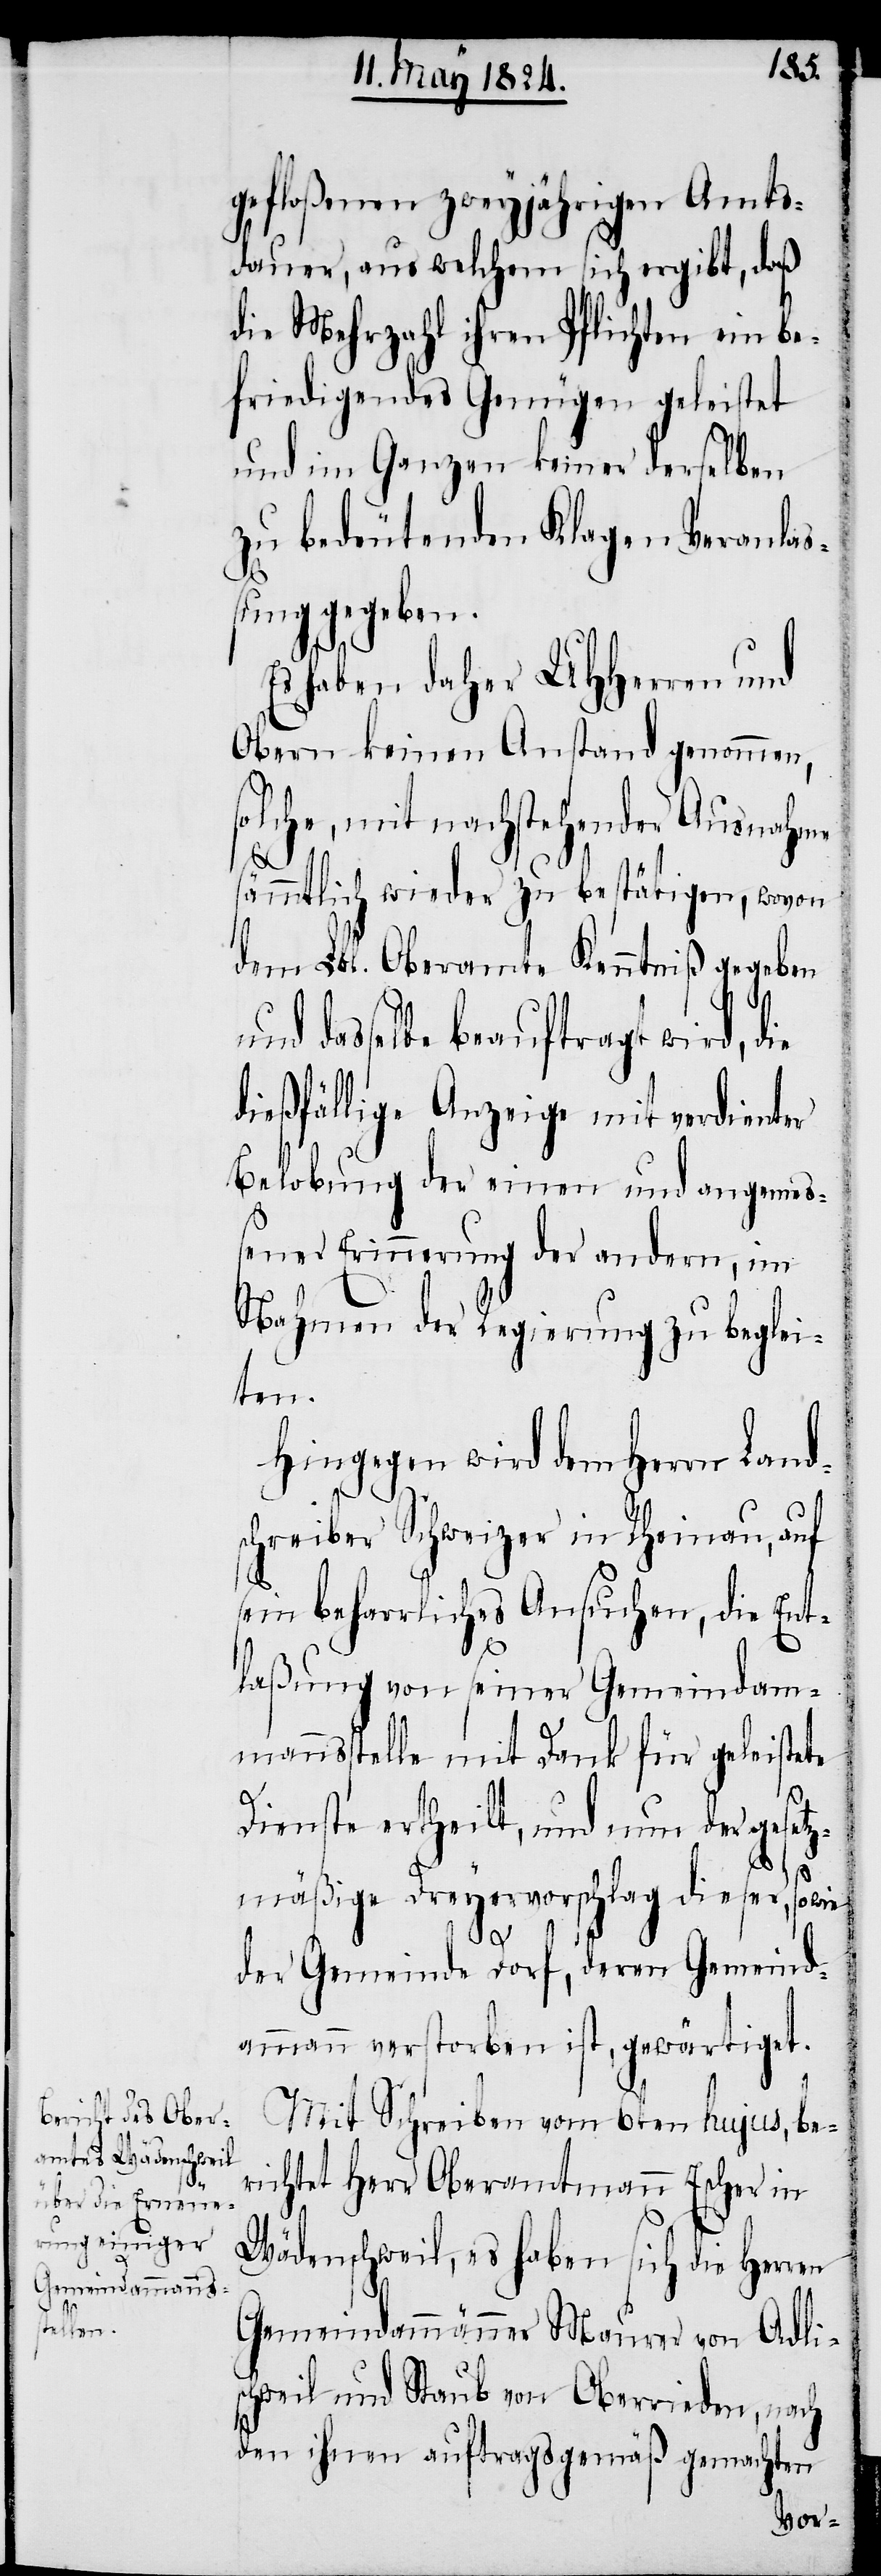
gefloßenen zweyjährigen Amts¬
dauer, aus welchem sich ergibt, daß
die Mehrzahl ihren Pflichten ein be¬
friedigendes Genügen geleistet
und im Ganzen keiner derselben
zu bedeutenden Klagen Veranla¬
ßung gegeben.
Es haben daher UHHerren und
Obern keinen Anstand genommen,
solche, mit nachstehender Ausnahme
sämmtlich wieder zu bestätigen, wovon
dem Lbl. Oberamte Kenntniß gegeben
dasselbe beauftragt wird, die
dießfällige Anzeige mit verdienter
Belobung der einen und angemeß¬
ener Erinnerung der andern, im
Nahmen der Regierung zu beglei¬
ten.
Hingegen wird dem Herrn Land¬
schreiber Schweizer in Rheinau, auf
sein beharrliches Ansuchen, die Ent¬
laßung von seiner Gemeindam¬
mannsstelle mit Dank für geleistete
Dienste ertheilt, und nun der gesetz¬
mäßige Dreyervorschlag dieser, sowie
der Gemeinde Dorf, deren Gemeind¬
ammann verstorben ist, gewärtiget.
Mit Schreiben vom 6ten hujus, be¬
richtet Herr Oberamtmann Escher in
Wädenschweil, es haben sich die Herren
Gemeindammänner Maurer von Adli¬
schweil und Staub von Oberrieden, nach
den ihnen auftragsgemäß gemachten